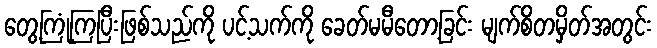
တွေ့ကြုံကြပြီးဖြစ်သည်ကို ပင့်သက်ကို ခေတ်မမီတော့ခြင်း မျက်စိတမှိတ်အတွင်း